Annual report on the mental hospital in the Central Provinces and Berar (Nagpur) - 1927-1951
Year: 1927
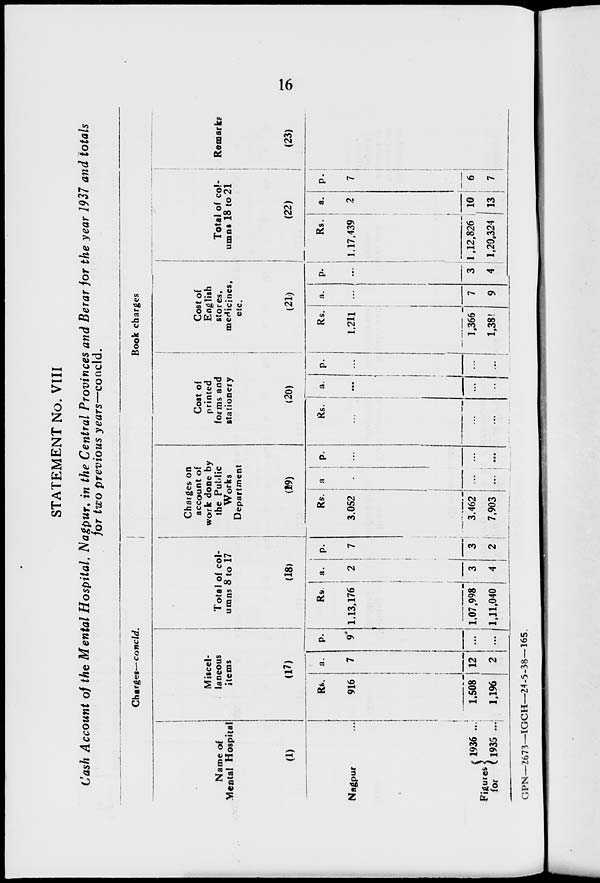
16
STATEMENT No. VIII
Cash Account of the Mental Hospital, Nagpur, in the Central Provinces and Berar for the year 1937 and totals
for two previous years—concld.
Charges— concld.
Name of
Mental Hospital
(1)
Nagpur ...
Figures
for
1936 ...
1935 ...
Miscel-
laneous
items
(17)
Rs.
916
1,508
1,196
a.
7
12
2
p.
9*
...
...
Total of col-
umns 8 to 17
(18)
Rs.
1,13,176
1,07,998
1,11,040
a.
2
3
4
p.
7
3
2
Book charges
Charges on
account of
work done by
the Public
Works
Department
(19)
Rs.
3,052
3,462
7,903
a.
...
...
...
p.
...
...
...
Cost of
printed
forms and
stationery
(20)
Rs.
...
...
...
a.
...
...
...
p.
...
...
...
Cost of
English
stores,
medicines,
etc.
(21)
Rs.
1,211
1,366
1,381
a.
...
7
9
p.
...
3
4
Total of col-
umns 18 to 21
(22)
Rs.
1,17,439
1,12,826
1,20,324
a.
2
10
13
p.
7
6
7
Remarks
(23)
GPN—2673—IGCH—24-5-38—165.